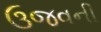
ઉજવની